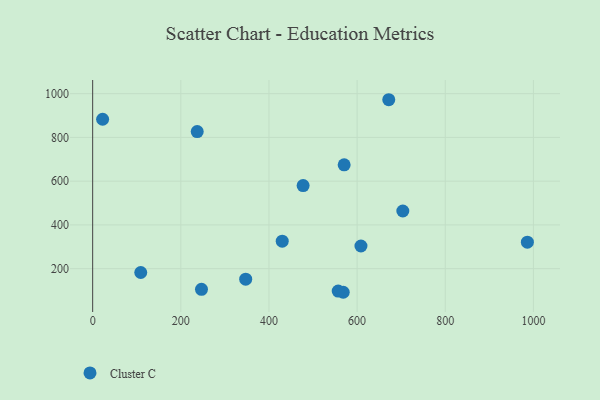
{"axis": {"x": "Experience", "y": "Sales"}, "legend": ["Cluster C"], "data": [{"x": "568.5", "y": 92.1, "type": "Cluster C"}, {"x": "430.1", "y": 325.8, "type": "Cluster C"}, {"x": "246.9", "y": 105.5, "type": "Cluster C"}, {"x": "608.7", "y": 303.7, "type": "Cluster C"}, {"x": "109.1", "y": 182.6, "type": "Cluster C"}, {"x": "671.8", "y": 972.3, "type": "Cluster C"}, {"x": "347.2", "y": 152.0, "type": "Cluster C"}, {"x": "986.3", "y": 321.0, "type": "Cluster C"}, {"x": "703.7", "y": 463.6, "type": "Cluster C"}, {"x": "570.6", "y": 674.8, "type": "Cluster C"}, {"x": "477.5", "y": 579.8, "type": "Cluster C"}, {"x": "22.6", "y": 883.0, "type": "Cluster C"}, {"x": "557.1", "y": 97.7, "type": "Cluster C"}, {"x": "237.2", "y": 826.9, "type": "Cluster C"}]}